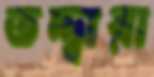
তদ্দ্বারা